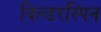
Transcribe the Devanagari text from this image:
विल्डरस्पिन